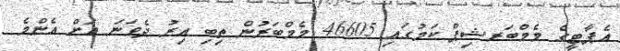
އެޕާޓީގެ މެމްބަރޝިޕް ކަމުގައި 46605 މެމްބަރުން ތިބި އިރު ދެވަނަ އަށް އެންމެ